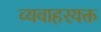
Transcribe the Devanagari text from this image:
व्यवाहरयक्त